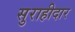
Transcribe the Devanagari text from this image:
सुराहीदार